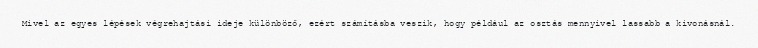
Mivel az egyes lépések végrehajtási ideje különböző, ezért számításba veszik, hogy például az osztás mennyivel lassabb a kivonásnál.